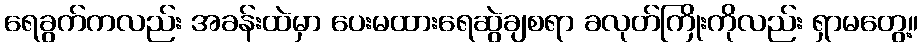
ရေခွက်ကလည်း အခန်းထဲမှာ ပေးမထားရေဆွဲချစရာ ခလုတ်ကြိုးကိုလည်း ရှာမတွေ့။